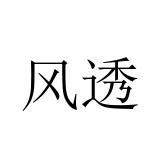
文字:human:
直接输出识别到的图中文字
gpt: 风透